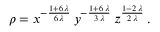
\rho = { x ^ { - \frac { 1 + 6 \, \lambda } { 6 \, \lambda } } \, y ^ { - \frac { 1 + 6 \, \lambda } { 3 \, \lambda } } \, z ^ { \frac { 1 - 2 \, \lambda } { 2 \, \lambda } } } \, .